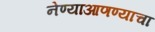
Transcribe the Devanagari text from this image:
नेण्याआणण्याचा